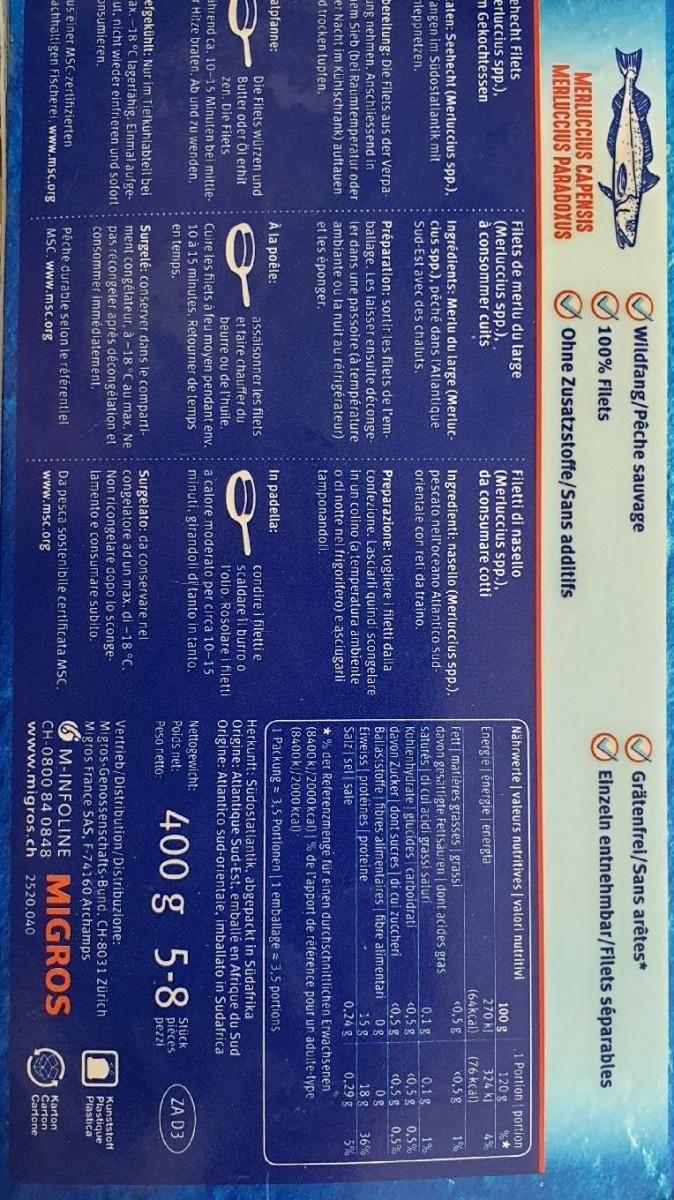
MERLUCCIUS CAPENSIS MERLUCCIUS PARADOXUS
ehecht Filets
erluccius spp.), m Gekochtessen
Caten: Seehecht (Merluccius spp.). angen im Südostatlantik mit leppnetzen.
Dereitung: Die Filets aus der Verpaung nehmen. Anschliessend in em Sieb (bei Raumtemperatur oder er Nacht im Kühlschrank) auftauen d trocken tupfen.
atpfanne:
Die Filets würzen und Butter oder Öl erhit zen. Die Filets ährend ca. 10-15 Minuten bei mittleHitze braten. Ab und zu wenden.
efgekühlt: Nur im Tiefkühlabteil bei ax. -18 °C lagerfähig. Einmal aufgeut, nicht wieder einfrieren und sofort Onsumieren.
us einer MSC-zertifizierten achhaltigen Fischerei. www.msc.org
Wildfang/Pêche sauvage
100% Filets
Ohne Zusatzstoffe/Sans additifs
Filets de merlu du large (Merluccius spp.),. à consommer cuits
Ingrédients: Merlu du large (Merluccius spp.), pêché dans l'Atlantique Sud-Est avec des chaluts.
Préparation: sortir les filets de l'emballage. Les laisser ensuite décongeler dans une passoire (à température ambiante ou la nuit au réfrigérateur) et les éponger.
À la poêle:
assaisonner les filets et faire chauffer du beurre ou de l'huile. Cuire les filets à feu moyen pendant env. 10 à 15 minutes. Retourner de temps en temps.
Surgelé: conserver dans le compartiment congélateur, à -18 °C au max. Ne pas recongeler après décongélation et consommer immédiatement.
Pêche durable selon le référentiel MSC. www.msc.org
Filetti di nasello (Merluccius spp.). da consumare cotti
Ingredienti: nasello (Merluccius spp.). pescato nell'oceano Atlantico sudorientale con reti da traino.
Preparazione: togliere i filetti dalla confezione. Lasciarli quindi scongelare in un colino (a temperatura ambiente. o di notte nel frigorifero) e asciugarli tamponandoli.
In padella:
condire i filetti e scaldare il burro o l'olio. Rosolare i filetti a calore moderato per circa 10-15 minuti, girandoli di tanto in tanto.
Surgelato: da conservare nel congelatore ad un max. di -18 °C. Non ricongelare dopo lo sconge. lamento e consumare subito.
Da pesca sostenibile certificata MSC. www.msc.org
Grätenfrei/Sans arêtes*
Einzeln entnehmbar/Filets séparables
Nährwerte | valeurs nutritives | valori nutritivi
Energie | énergie | energia
Fett | matières grasses | grassi
0,1 g
<0,5 g
davon gesättigte Fettsäuren | dont acides gras saturés | di cui acidi grassi saturi Kohlenhydrate glucides carboidrati davon Zucker| dont sucres | di cui zuccheri Ballaststoffe fibres alimentaires | fibre alimentari 0g Eiweiss protéines proteine 15 g Salz sel sale
<0,5 g
0,24 g
100 g
270 Kl
(64kcal)
<0,5 g
Nettogewicht: Poids net: Peso netto:
Herkunft: Südostatlantik, abgepackt in Südafrika Origine: Atlantique Sud-Est, emballé en Afrique du Sud Origine: Atlantico sud-orientale, imballato in Sudafrica
400 g 5-8
1 Portion portion
120 g
%*
324 kJ
4%
* % der Referenzmenge für einen durchschnittlichen Erwachsenen (8400 kJ/2000 kcal) | % de l'apport de référence pour un adulte-type (8400 kJ/2000 kcal)
1 Packung= 3,5 Portionen | 1 emballage = 3,5 portions
Vertrieb/Distribution/Distribuzione: Migros-Genossenschafts-Bund, CH-8031 Zürich Migros France SAS, F-74160 Archamps
M-INFOLINE MIGROS
CH-0800 84 0848 www.migros.ch 2520.040
(76 kcal)
<0,5 g
Stück
pièces
pezzi
0.1 g
<0,5 g
<0,5 g
0g
18 g
0,29 g
1%
1%
0,5%
0,5%
36%
ZA D3
Kunststoff Plastique Plastica
Karton
Carton Cartone